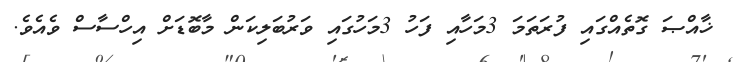
ޚާއްޞަ ގޮތެއްގައި ފުރަތަމަ 3މަހާއި ފަހު 3މަހުގައި ވަރުބަލިކަން މާބޮޑަށް އިހްސާސް ވެއެވެ.